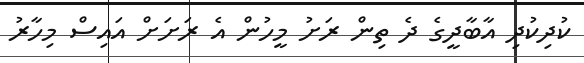
ކުދިކުދި އާބާދީގެ ދެ ތިން ރަށު މީހުން އެ ރަށަށް އައިސް މިހާރު